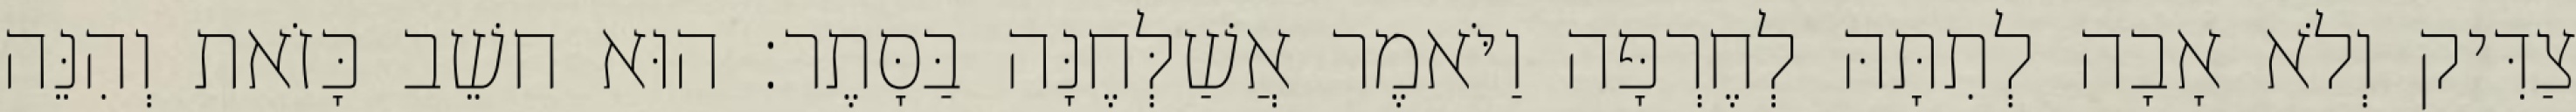
צַדִּיק וְלֹא אָבָה לְתִתָּהּ לְחֶרְפָּה וַיֹּאמֶר אֲשַׁלְּחֶנָּה בַּסָּתֶר׃ הוּא חשֵׁב כָּזֹאת וְהִנֵּה